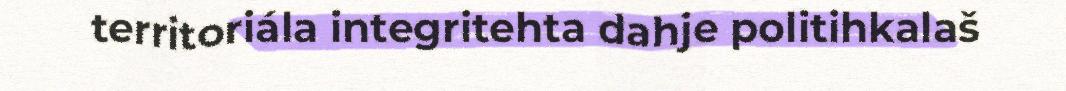
territoriála integritehta dahje politihkalaš